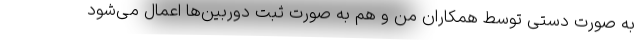
به صورت دستی توسط همکاران من و هم به صورت ثبت دوربین‌ها اعمال می‌شود